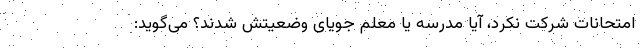
امتحانات شرکت نکرد، آیا مدرسه یا معلم جویای وضعیتش شدند؟ می‌گوید: